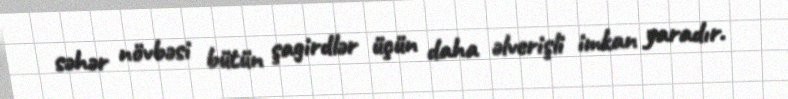
səhər növbəsi bütün şagirdlər üçün daha əlverişli imkan yaradır.